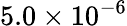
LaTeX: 5.0\times 10^{-6}